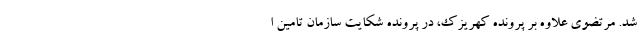
شد. مرتضوی علاوه بر پرونده کهریزک، در پرونده شکایت سازمان تامین ا